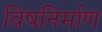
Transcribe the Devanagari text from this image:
विषनिर्माण